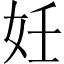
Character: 妊